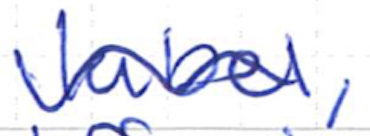
Text: label,
Cross-out: wave
Writing tool: ballpoint